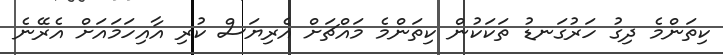
ކިތަންމެ ދިގު ހަރުގަނޑު ތަކަކުން ކިތަންމެ މައްޗަށް އެރިޔަސް ކުރި އާއިހަމައަށް އެރޭނެ